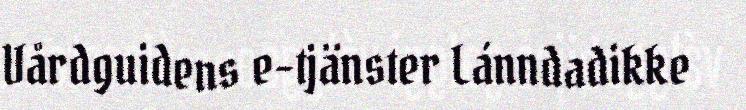
Vårdguidens e-tjänster Lánndadikke